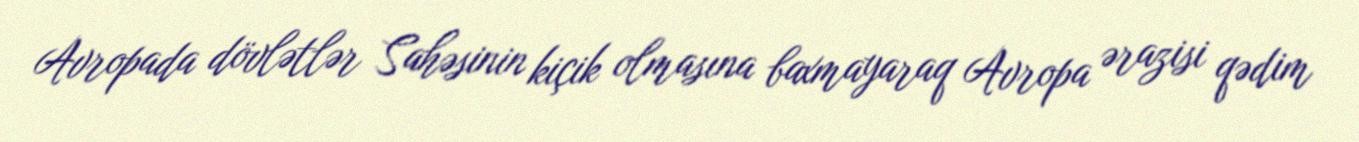
Avropada dövlətlər Sahəsinin kiçik olmasına baxmayaraq Avropa ərazisi qədim